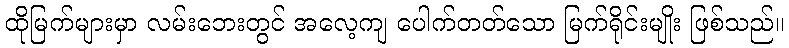
ထိုမြက်များမှာ လမ်းဘေးတွင် အလေ့ကျ ပေါက်တတ်သော မြက်ရိုင်းမျိုး ဖြစ်သည်။